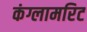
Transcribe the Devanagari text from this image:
कंग्लामरिट